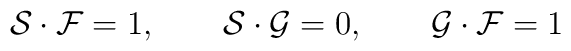
{\cal{S}} \cdot {\cal{F}}= 1,  \qquad  {\cal{S}} \cdot {\cal{G}}=0,\qquad {\cal{G}} \cdot {\cal{F}}= 1